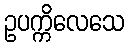
ဥပက္ကိလေသေ